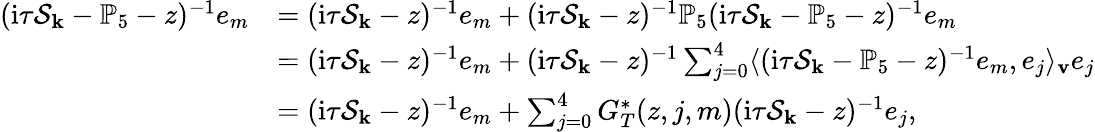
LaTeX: \begin{array}{rl}{(\mathrm{i}\tau\mathcal{S}_{\mathbf{k}}-\mathbb{P}_{5}-z)^{-1}e_{m}}&{=(\mathrm{i}\tau\mathcal{S}_{\mathbf{k}}-z)^{-1}e_{m}+(\mathrm{i}\tau\mathcal{S}_{\mathbf{k}}-z)^{-1}\mathbb{P}_{5}(\mathrm{i}\tau\mathcal{S}_{\mathbf{k}}-\mathbb{P}_{5}-z)^{-1}e_{m}}\\ &{=(\mathrm{i}\tau\mathcal{S}_{\mathbf{k}}-z)^{-1}e_{m}+(\mathrm{i}\tau\mathcal{S}_{\mathbf{k}}-z)^{-1}\sum_{j=0}^{4}\langle(\mathrm{i}\tau\mathcal{S}_{\mathbf{k}}-\mathbb{P}_{5}-z)^{-1}e_{m},e_{j}\rangle_{\mathbf{v}}e_{j}}\\ &{=(\mathrm{i}\tau\mathcal{S}_{\mathbf{k}}-z)^{-1}e_{m}+\sum_{j=0}^{4}G_{T}^{*}(z,j,m)(\mathrm{i}\tau\mathcal{S}_{\mathbf{k}}-z)^{-1}e_{j},}\end{array}